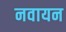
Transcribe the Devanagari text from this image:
नवायन